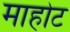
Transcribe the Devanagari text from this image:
माहोट